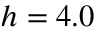
h = 4 . 0